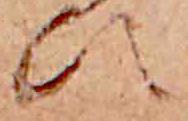
ひ